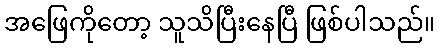
အဖြေကိုတော့ သူသိပြီးနေပြီ ဖြစ်ပါသည်။